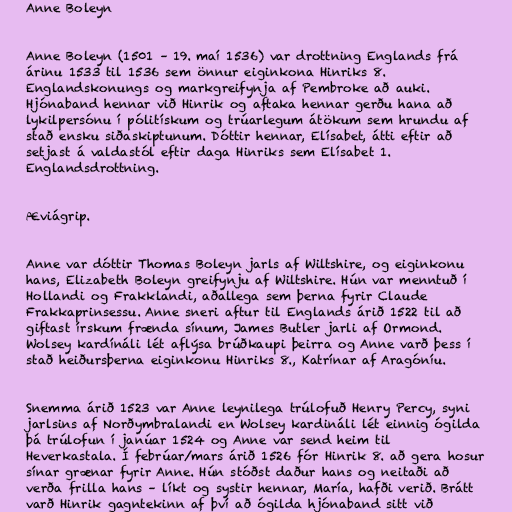
Anne Boleyn

Anne Boleyn (1501 – 19. maí 1536) var drottning Englands frá
árinu 1533 til 1536 sem önnur eiginkona Hinriks 8.
Englandskonungs og markgreifynja af Pembroke að auki.
Hjónaband hennar við Hinrik og aftaka hennar gerðu hana að
lykilpersónu í pólitískum og trúarlegum átökum sem hrundu af
stað ensku siðaskiptunum. Dóttir hennar, Elísabet, átti eftir að
setjast á valdastól eftir daga Hinriks sem Elísabet 1.
Englandsdrottning.

Æviágrip.

Anne var dóttir Thomas Boleyn jarls af Wiltshire, og eiginkonu
hans, Elizabeth Boleyn greifynju af Wiltshire. Hún var menntuð í
Hollandi og Frakklandi, aðallega sem þerna fyrir Claude
Frakkaprinsessu. Anne sneri aftur til Englands árið 1522 til að
giftast írskum frænda sínum, James Butler jarli af Ormond.
Wolsey kardínáli lét aflýsa brúðkaupi þeirra og Anne varð þess í
stað heiðursþerna eiginkonu Hinriks 8., Katrínar af Aragóníu.

Snemma árið 1523 var Anne leynilega trúlofuð Henry Percy, syni
jarlsins af Norðymbralandi en Wolsey kardináli lét einnig ógilda
þá trúlofun í janúar 1524 og Anne var send heim til
Heverkastala. Í febrúar/mars árið 1526 fór Hinrik 8. að gera hosur
sínar grænar fyrir Anne. Hún stóðst daður hans og neitaði að
verða frilla hans – líkt og systir hennar, María, hafði verið. Brátt
varð Hinrik gagntekinn af því að ógilda hjónaband sitt við